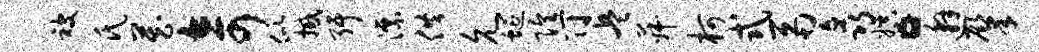
被氏藏奇似撼弭漂供允蜒隍符兵菽柯式鬲矗娱。邂肇